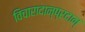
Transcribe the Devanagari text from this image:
विचारादान्प्रदान्